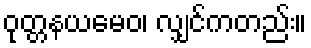
ဝုတ္တနယမေဝ၊ လျှင်ကတည်း။